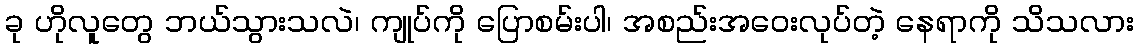
ခု ဟိုလူတွေ ဘယ်သွားသလဲ၊ ကျုပ်ကို ပြောစမ်းပါ၊ အစည်းအဝေးလုပ်တဲ့ နေရာကို သိသလား